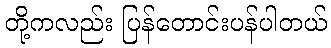
တို့ကလည်း ပြန်တောင်းပန်ပါတယ်